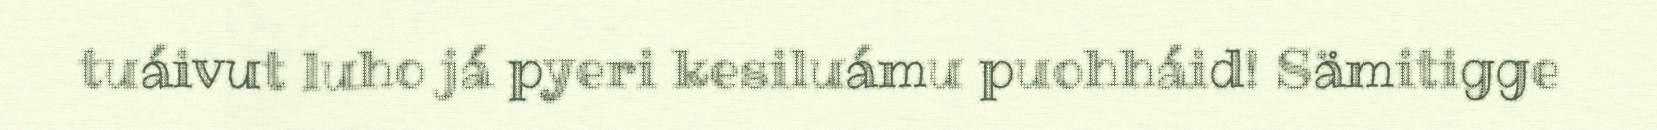
tuáivut luho já pyeri kesiluámu puohháid! Sämitigge